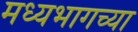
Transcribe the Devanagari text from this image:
मध्‍यभागच्या